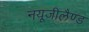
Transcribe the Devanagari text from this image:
नयूजीलैण्ड